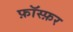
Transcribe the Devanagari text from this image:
फ़ॉस्फ़र